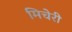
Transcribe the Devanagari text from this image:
मिचेरी